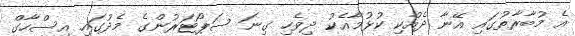
އެ މުބާރާތުގައި އޭނާ ދެއްކި ކުޅުމާއެކު ދިވެހި ގިނަ ސަޕޯޓަރުންގެ މެދުގައި އިސްހާގް